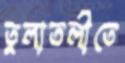
তুলাতলীতে